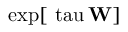
\mathrm { { e x p } [ \ t a u \, \mathbf { W } ] }